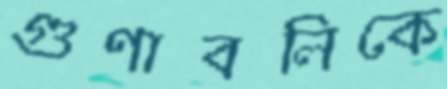
গুণাবলিকে